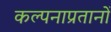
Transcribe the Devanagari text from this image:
कल्पनाप्रतानों